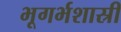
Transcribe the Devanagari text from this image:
भूगर्भशास्री